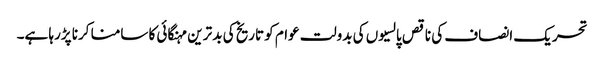
تحریک انصاف کی ناقص پالسیوں کی بدولت عوام کو تاریخ کی بد ترین مہنگائی کا سامنا کرنا پڑرہا ہے۔